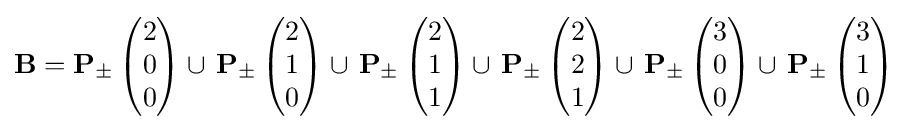
\mathbf {B} =\mathbf {P_{\pm }} \left({\begin{matrix}2\\0\\0\end{matrix}}\right)\cup \!\ \mathbf {P_{\pm }} \left({\begin{matrix}2\\1\\0\end{matrix}}\right)\cup \!\ \mathbf {P_{\pm }} \left({\begin{matrix}2\\1\\1\end{matrix}}\right)\cup \!\ \mathbf {P_{\pm }} \left({\begin{matrix}2\\2\\1\end{matrix}}\right)\cup \!\ \mathbf {P_{\pm }} \left({\begin{matrix}3\\0\\0\end{matrix}}\right)\cup \!\ \mathbf {P_{\pm }} \left({\begin{matrix}3\\1\\0\end{matrix}}\right)